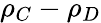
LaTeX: \rho_{C}-\rho_{D}